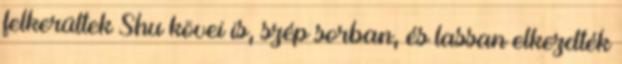
felkerültek Shu kövei is, szép sorban, és lassan elkezdték